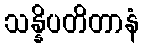
သန္နိပတိတာနံ